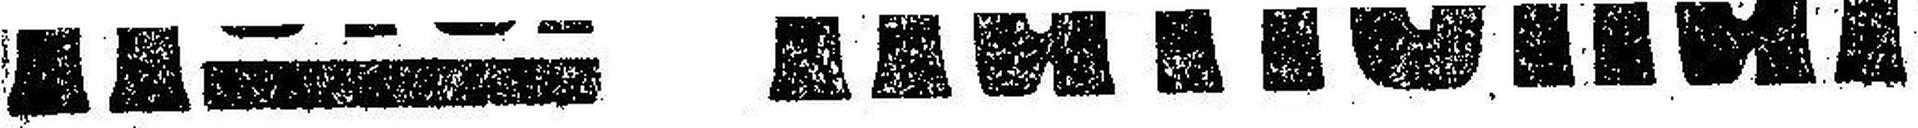
Hotel National